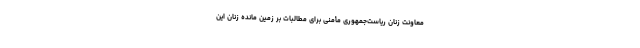
معاونت زنان ریاست‌جمهوری مأمنی برای مطالبات بر زمین مانده زنان این